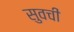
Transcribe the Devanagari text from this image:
सुवची